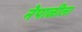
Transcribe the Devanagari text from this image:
नेपाळीला